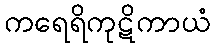
ကရေရိကုဋိကာယံ